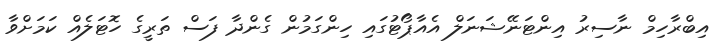
އިބްރާހިމް ނާސިރު އިންޓަނޭޝަނަލް އެއާޕޯޓުގައި ހިންގަމުން ގެންދާ ފަސް ތަރީގެ ހޮޓަލެއް ކަމަށްވާ